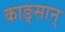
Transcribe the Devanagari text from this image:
काङ्सान्